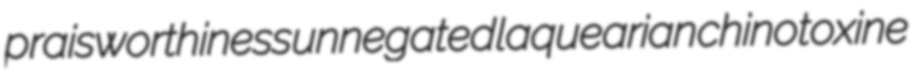
praisworthiness unnegated laquearian chinotoxine